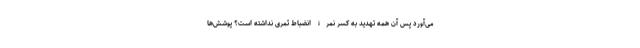
می‌آورد پس آن همه تهدید به کسر نمرۀ انضباط ثمری نداشته است؟ پوشش‌ها